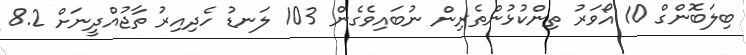
ބިލަބޮންގް 10 އޯވަރު ތިންކުޅުންތެރިން ނުބައިވެގެން 103 ލަނޑު ހެދިއިރު ތާޖުއްދީނަށް 8.2